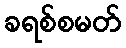
ခရစ်စမတ်